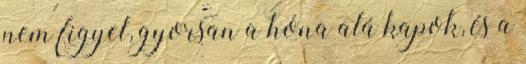
nem figyel, gyorsan a hóna alá kapok, és a